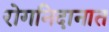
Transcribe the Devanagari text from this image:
रोगनिदानात